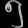
Digit: ၅